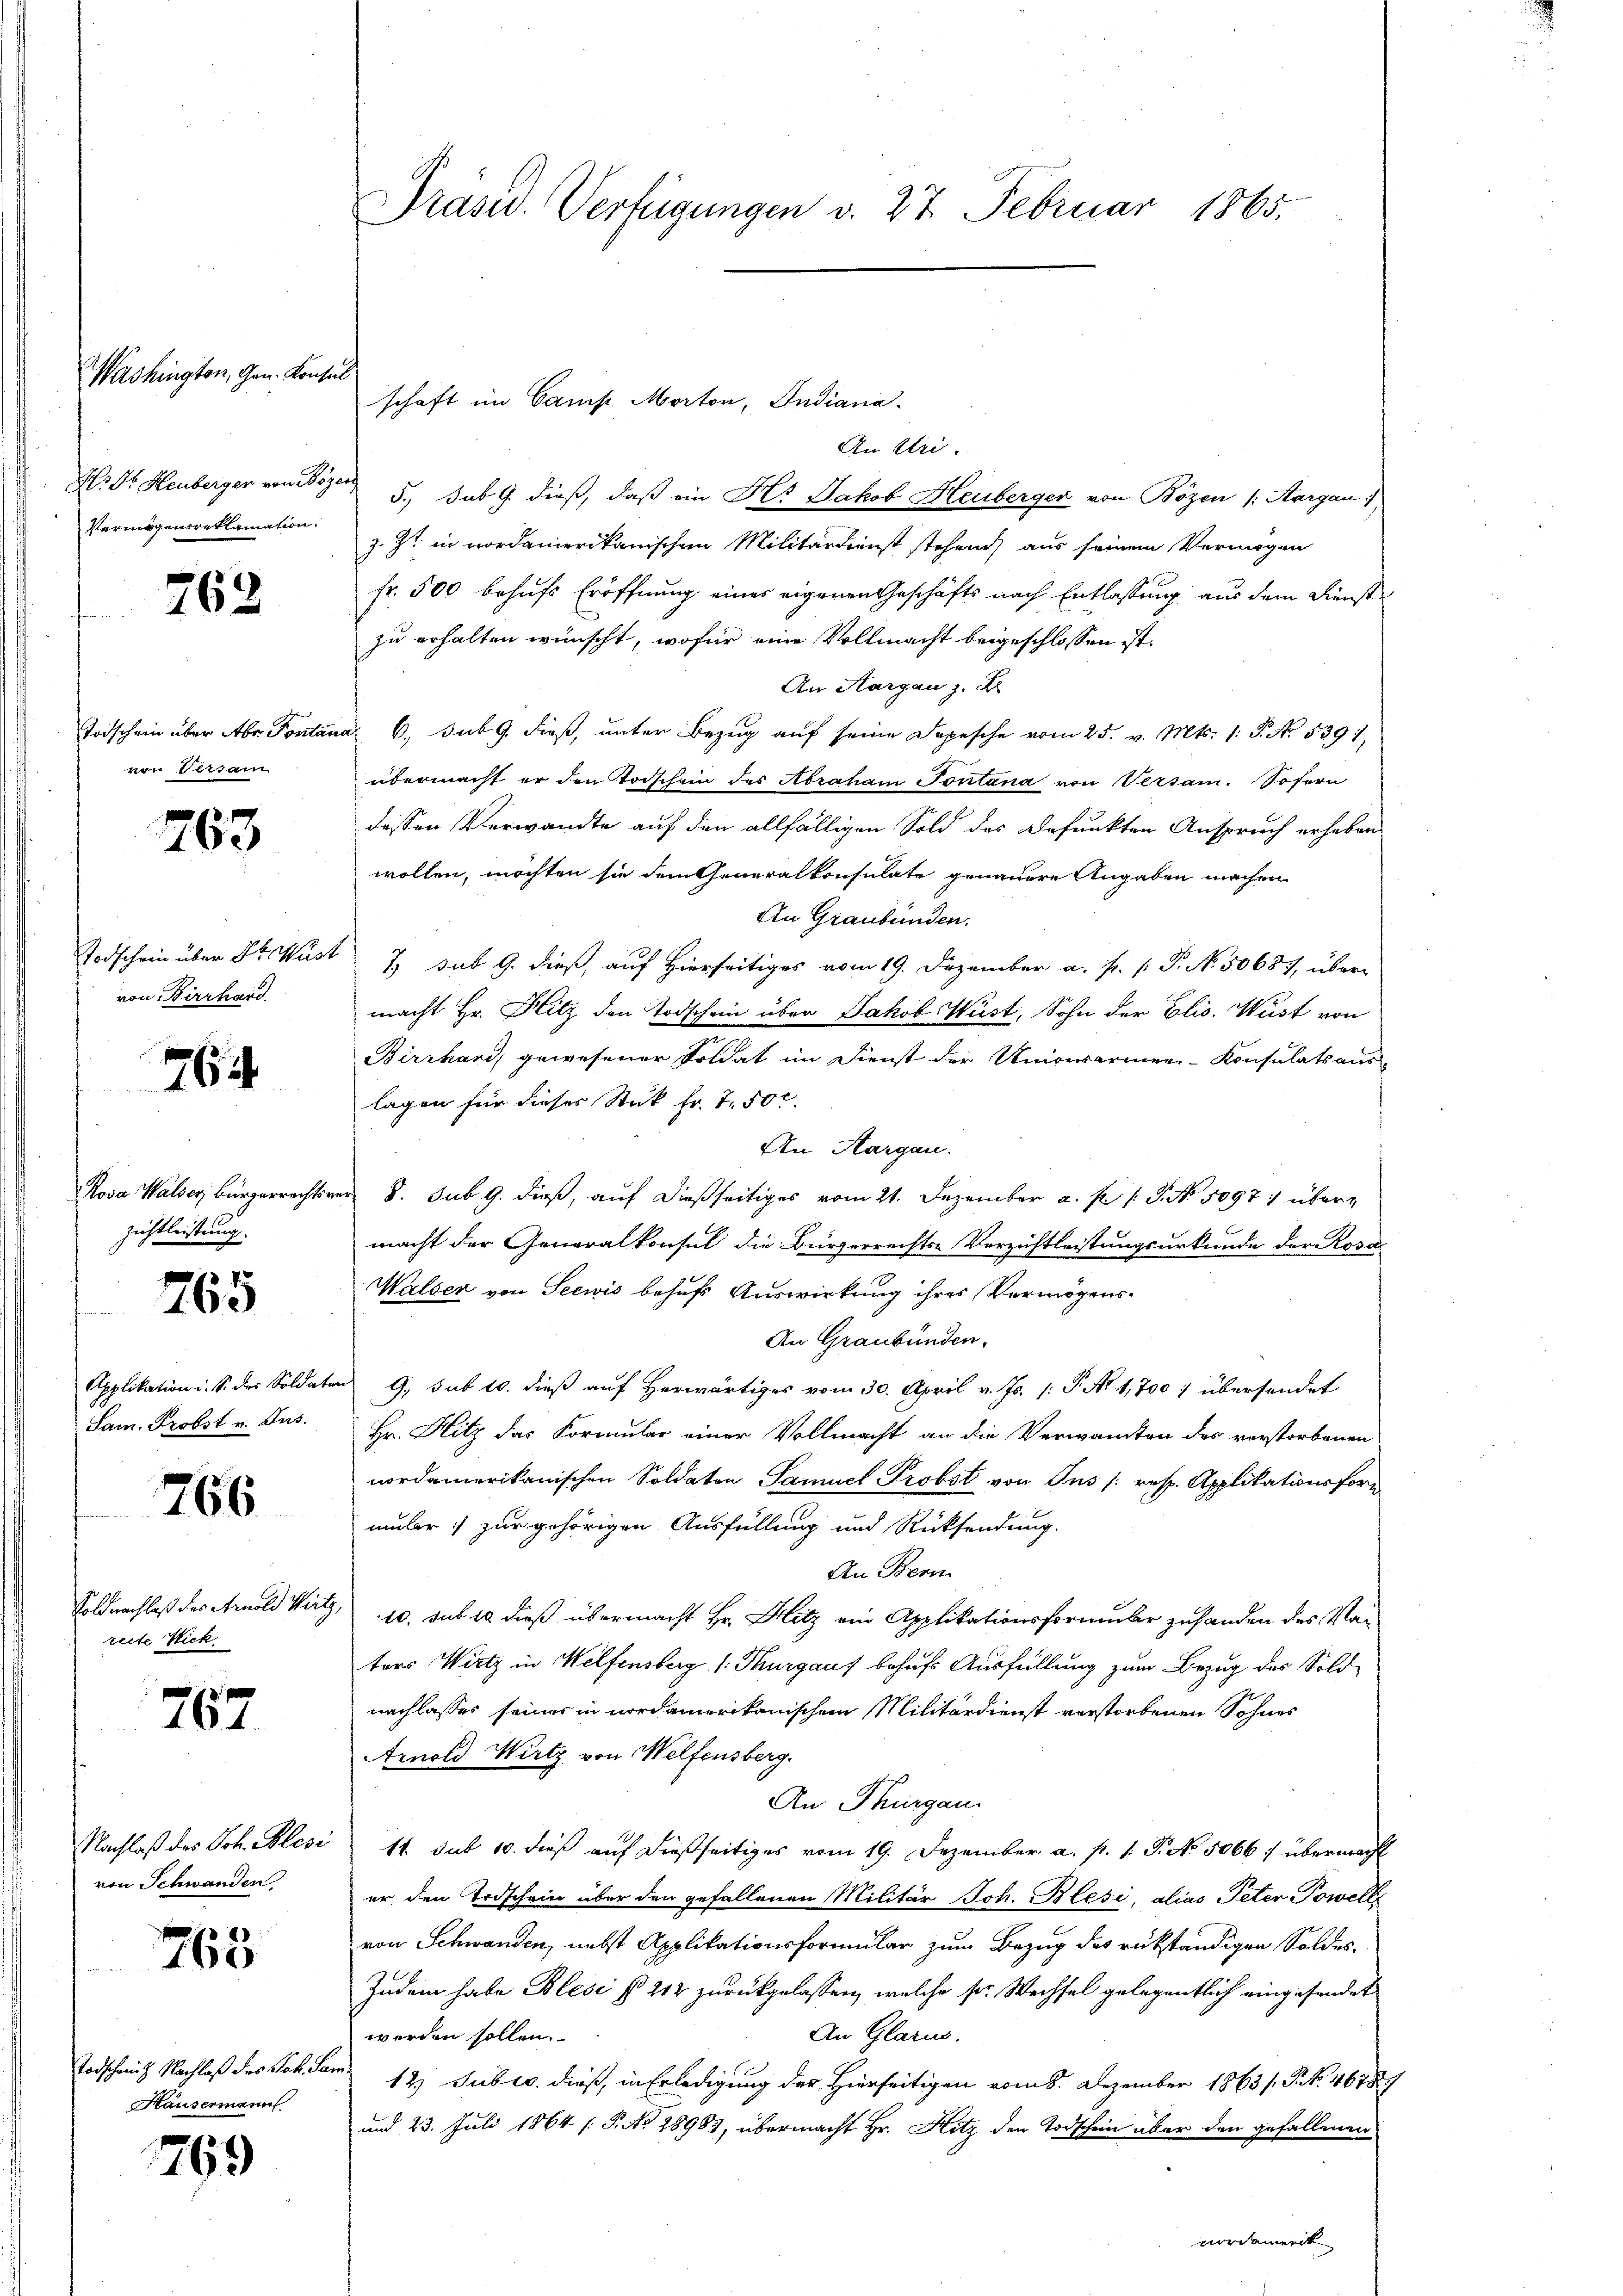
Washington, Gen. Konsul

H. Dr. Heuberger von Böze
Vermögensreklamation.

762

Todschein über Abr. Pontan
von Versam

763

Todschein über 16 Wüst
von Bierhard

764

Rosa Walser Bürgerrechts
zichtleistung.

765

Applikation u. S. des Soldat
Sam. Probst v. Jus

766

Soldnachlaß des Arnold Wirz,
recte Nick

767

Nachlaß des Joh. Blesi
von Schwanden

763

Todschaiz Nachlaß des Lobl. Sa
Hausermann

769

Präsid. Verfügungen v. 27. Februar 1865.

An Uri.
5., sub 9. dieß, daß ein Hr. Jakob Heuberger von Bozen /: Margau
z. Zt. in nordamerikanischen Militärdienst stehend, aus seinem Vermögen
fr. 500 behufs Eröffnung eines eigenen Geschäfts nach Entlassung aus dem Dienst
zu erhalten wünscht, wofür eine Vollmacht beigeschlossen ist.
An Aargau z. Kr
ad 6. sub 9. dieß, unter Bezug auf seine Depesche vom 25. v. Mts. 1. P. No. 5391,
übermacht er den Todschein des Abraham Sontana von Versam. Sofern
dessen Verwandte auf den allfälligen Sold des Befunkten Anspruch erhaben
wollen, möchten sie dem Generalkonsulate genauere Angaben machen
An Graubünden.
2 sub 9. dieß, auf Hierseitiges vom 19. Dezember a. f. P. P. N. 50687, über-
macht Hr. Hitz den Todschein über Jakob Wüst, Sohn der Elis. Wüst von
Birrhard, gewesener Soldat im Dienst der Univerarmen-Konsulats aus-
lagen für dieses Stük Fr. 750.
An Aargau.
a 8. sub 9. dieß, auf dießseitiges vom 21. Dezember a. p. 1. P. No. 5097 : übermacht der Generalkonsul die Bürgerrechts-Verzichtleistungsurkunde der Rosa
Walser von Seewis behufs Auswirkung ihres Vermögens¬
An Graubünden.
9. sub 10. dieß auf Herwärtiges vom 30. April v. Js. [: P. No 1,700 : übersendet
Hr. Hitz das Formular einer Vollmacht an die Verwandten des verstorbenen
nordamerikanischen Soldaten Samuel Probst von Jus /: resp. Applikationsform
umler :/ zur gehörigen Ausfüllung und Rücksendung.
An Bern
10. sub 10 dieß übermacht Hr. Hitz ein Applikationsformular zufanden des Vaters Wirtz in Welfensberg (Murgauf behufs Ausfüllung zum Bezug des Sold-
nachlasses seines in nordamerikanischem Militärdienst verstorbenen Sohnes
Arnold Wirtz von Welfensberg.
An Thurgau
11. sub 10. dieß auf dießseitiges vom 19. Dezember a. p. 1. P. No. 5066: übermacht
er, den Todschein über den gefallenen Militär Joh. Blesi, alias Peter Towell
von Schwanden, nebst Applikationsformular zum Bezug des rükständigen Soldes
Zudem habe Blesi § 212 zurückgelassen, welche pr. Wechsel gelegentlich eingesendet
An Glarus.
werden sollen.
 12 Subro dieß, in Erledigung der Hierseitigen vom 8. Dezember 1863/. P. Nr. 46789
und 23. Juli 1864 /: P. No 28981, übermacht Hr. Hitz den Todschein über den gefallenen
nordamerik

schaft im Camp Morton, Indiana